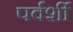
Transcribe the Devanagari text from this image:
पर्वर्शी